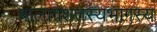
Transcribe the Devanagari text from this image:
बालाग्रशतस्यभागस्य